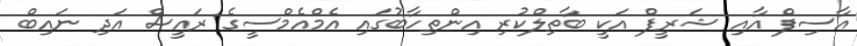
އާސިފް އާއި ޝަރީފް އަކީ ބާތިލްކުރި އިންތިހާބުގައި އެމްއެމްސީގެ ރައީސް އަދި ނައިބް